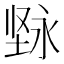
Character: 𱗓